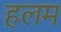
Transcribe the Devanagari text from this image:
हलम